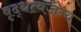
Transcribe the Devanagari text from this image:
वृद्धत्वजन्य